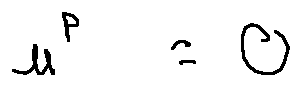
u ^ { p } = 0